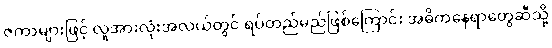
ဇကာများဖြင့် လူအားလုံးအလယ်တွင် ရပ်တည်မည်ဖြစ်ကြောင်း အဓိကနေရာတွေဆီသို့